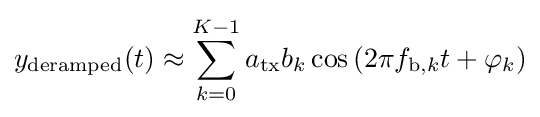
y_{\mathrm {deramped} }(t)\approx \sum _{k=0}^{K-1}a_{\mathrm {tx} }b_{k}\cos \left(2\pi f_{\mathrm {b} ,k}t+\varphi _{k}\right)